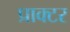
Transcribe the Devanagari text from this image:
प्राक्टर